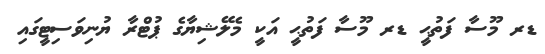
ޑރ މޫސާ ފަތުޙީ ޑރ މޫސާ ފަތުޙީ އަކީ މެލޭޝިޔާގެ ޕުޓްރާ ޔުނިވަސިޓީގައި